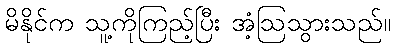
မိနိုင်က သူ့ကိုကြည့်ပြီး အံ့ဩသွားသည်။